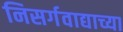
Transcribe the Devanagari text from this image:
निसर्गवाद्याच्या